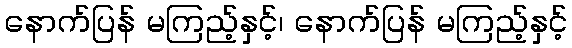
နောက်ပြန် မကြည့်နှင့်၊ နောက်ပြန် မကြည့်နှင့်